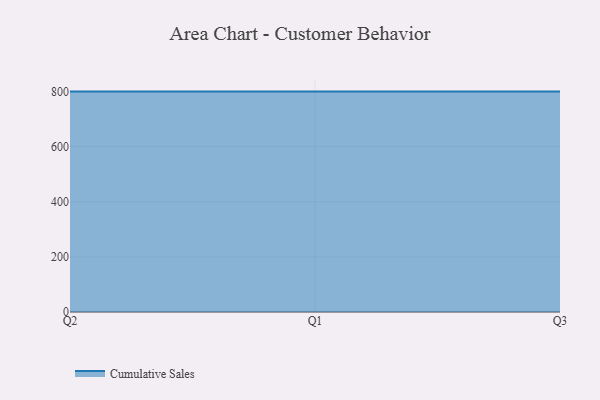
{"axis": {"x": "Quarter", "y": "Demand Index"}, "legend": ["Cumulative Sales"], "data": [{"x": "Q2", "y": 800, "type": "Cumulative Sales"}, {"x": "Q1", "y": 800, "type": "Cumulative Sales"}, {"x": "Q3", "y": 800, "type": "Cumulative Sales"}]}